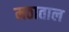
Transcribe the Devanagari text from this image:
मठाताल